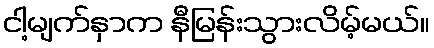
ငါ့မျက်နှာက နီမြန်းသွားလိမ့်မယ်။